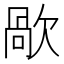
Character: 歄